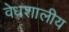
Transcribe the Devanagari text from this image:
वेधशालीय